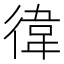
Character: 徫